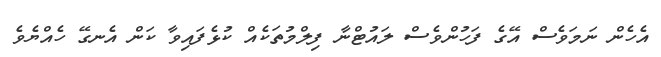
އެހެން ނަމަވެސް އޭގެ ފަހުންވެސް ލައުޓްނާ ފިލްމުތަކެއް ކުޅެފައިވާ ކަން އެނގޭ ހެއްޔެވެ